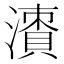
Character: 𣿙